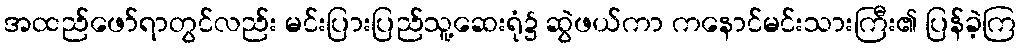
အထည်ဖော်ရာတွင်လည်း မင်းပြားပြည်သူ့ဆေးရုံ၌ ဆွဲဖယ်ကာ ကနောင်မင်းသားကြီး၏ ပြန်ခဲ့ကြ